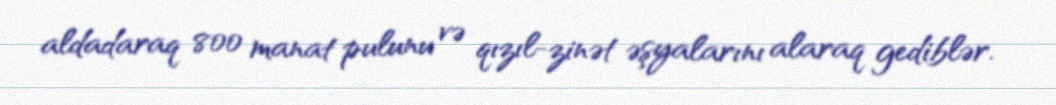
aldadaraq 800 manat pulunu və qızıl-zinət əşyalarını alaraq gediblər.